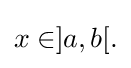
{\textstyle x\in ]a,b[.}